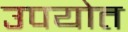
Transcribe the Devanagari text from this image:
उपयोत